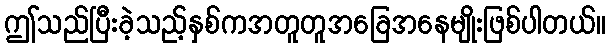
ဤသည်ပြီးခဲ့သည့်နှစ်ကအတူတူအခြေအနေမျိုးဖြစ်ပါတယ်။